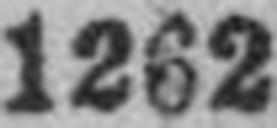
1262